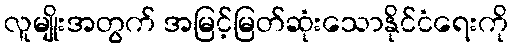
လူမျိုးအတွက် အမြင့်မြတ်ဆုံးသောနိုင်ငံရေးကို